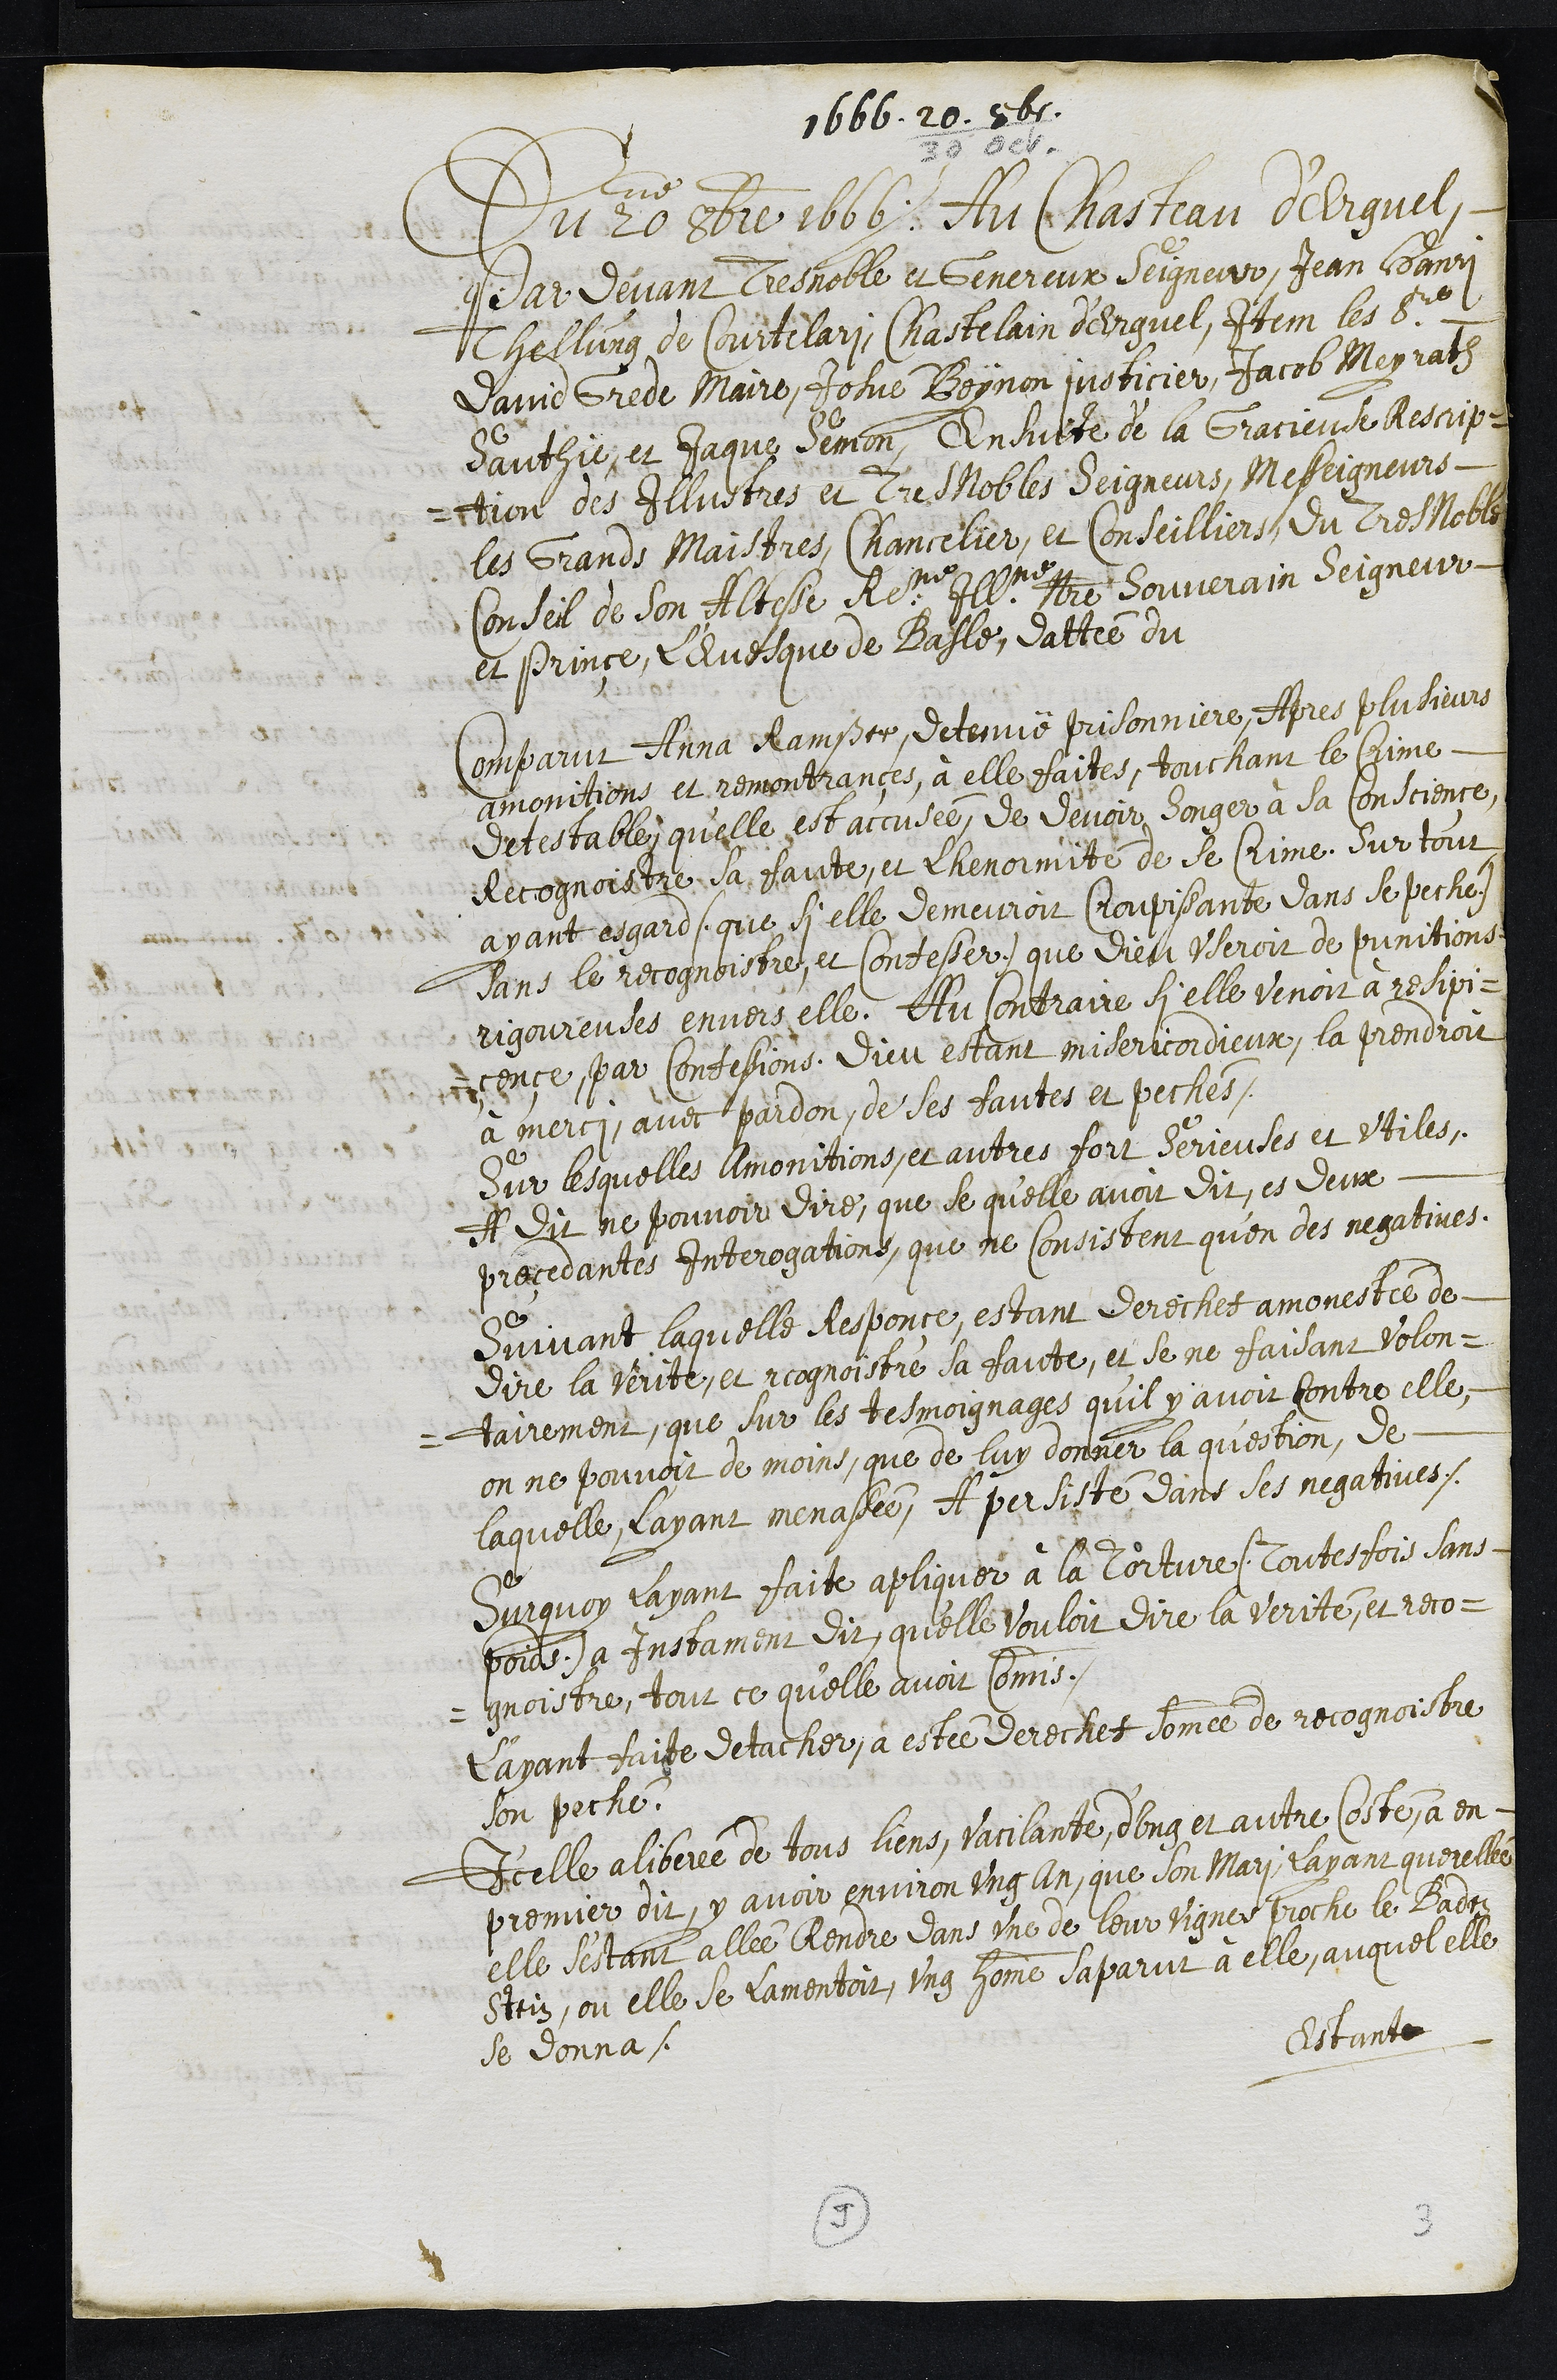
1666. 20. 8br.
/ 30 oct.
Du 20me 8bre 1606. Au Chasteau d'Erguel
Par devant Tres noble et Genereux Seigneur, Jean Henri
Thellung de Courtelari, Chastelain d'Erguel, Item les Srs
David Grede Maire, Josue Beynon justicier, Jacob Meyrat
Sauthie, et Jaque Semon, Ensuite de la Gracieuse Rescrip¬
tion des Illustres et Tres Nobles Seigneurs, Messeigneurs,
les Grands Maistres, Chancelier, et Conseilliers, du Tres Noble
Conseil de Son Altesse Reme Illme Souverain Seigneur
et Prince, L'Evesque de Basle, dattée du
Comparut Anna Ramßer, detenuë prisonniere, Apres plusieurs
monitions et remontrances, à elle faites, touchant le Crime
detestable qu’elle est accusée, de devoir songer à sa Conscience,
recognoistre sa faute, et Lhenormité de se Crime. Sur tout
ayant esgard, que si elle demeuroit croupissante dans se peche,
sans le recognoistre, et confesser, que Dieu useroit de punitions
rigoureuses envers elle. Au contraire si elle venoit à resipi¬
çençe, par Confessions Dieu estant misericordieux, la prendroit
à merci, avec pardon, de ses fautes et pechés.
Sur lesquelles Amonitions, et autres fort Serieuses et utiles,
A dit ne pouvoir dire, que se qu’elle avoit dit, es deux
preçedantes Interogations, que ne Consistent qu’en des negatives.
Suivant laquelle Responce, estant derechef amonestée de
dire la verite, et recognoistre sa faute, et se ne faisant volon¬
tairement, que sur les tesmoignages qu’il y avoit contre elle,
on ne pouvoit de moins que de luy donner la question, de
laquelle, L'ayant menassée, A persisté dans ses negatives.
Surquoy Layant faite apliquer à la Torture (Toutesfois sans
poids) a Instament dit, qu'elle vouloit dire la verité, et reco¬
gnoistre, tout ce qu'elle avoit commis.
L’ayant faite detacher, a esté derechef sommée de recognoistre
son péché.
Icelle aliberée de tous liens, vacilante d’ung et autre costé, a en
premier dit, y avoir environ ung an, que son Mari, layant querellée
elle s’estant allée Rendre dans une de leur vignes proche le Baden
Stein, ou elle se Lamentoit, ung homme saparut à elle, auquel elle
se donna
Estante
9
3